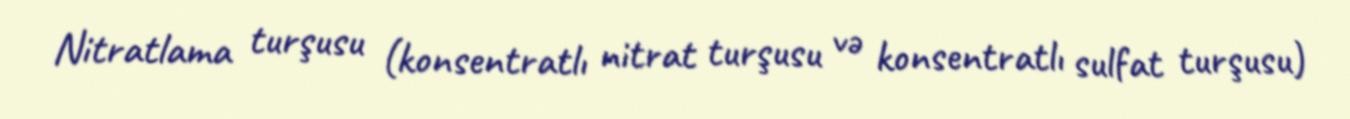
Nitratlama turşusu (konsentratlı nitrat turşusu və konsentratlı sulfat turşusu)